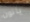
ياتون